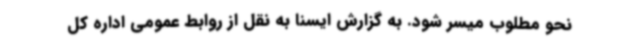
نحو مطلوب میسر شود. به گزارش ایسنا به نقل از روابط عمومی اداره کل